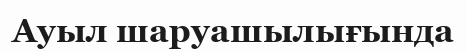
Ауыл шаруашылығында